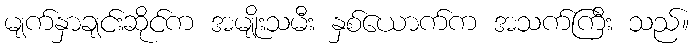
မျက်နှာချင်းဆိုင်က အမျိုးသမီး နှစ်ယောက်က အသက်ကြီး သည်။